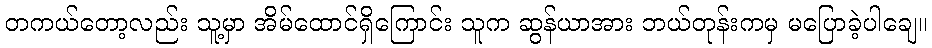
တကယ်တော့လည်း သူ့မှာ အိမ်ထောင်ရှိကြောင်း သူက ဆွန်ယာအား ဘယ်တုန်းကမှ မပြောခဲ့ပါချေ။